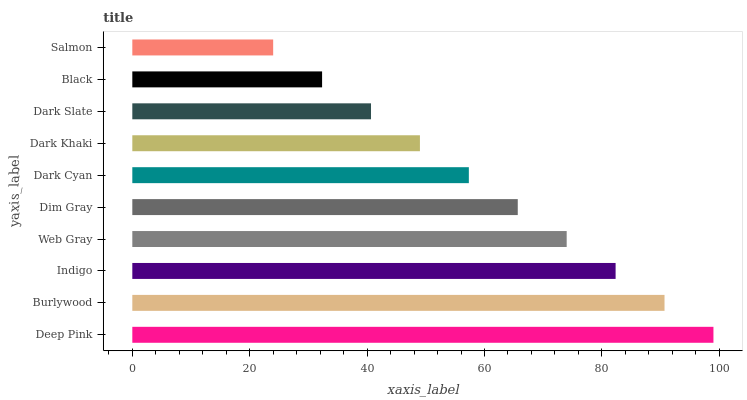
| yaxis_label | bars |
 | --- | --- |
 | Deep Pink | 99 |
 | Burlywood | 90.7 |
 | Indigo | 82.3 |
 | Web Gray | 74 |
 | Dim Gray | 65.7 |
 | Dark Cyan | 57.3 |
 | Dark Khaki | 49 |
 | Dark Slate | 40.7 |
 | Black | 32.3 |
 | Salmon | 24 |